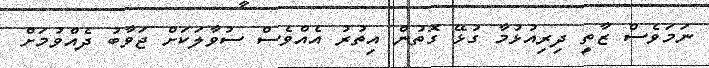
ނަމަވެސް ޒާތީ ދިރިއުޅުމާ ގުޅޭ ގޮތުން އިތުރު އެއްވެސް ސުވާލަކަށް ޖަވާބު ދެއްވުމަށް